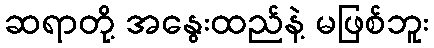
ဆရာတို့ အနွေးထည်နဲ့ မဖြစ်ဘူး